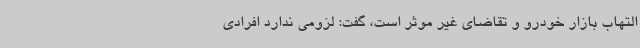
التهاب بازار خودرو و تقاضای غیر موثر است، گفت: لزومی ندارد افرادی